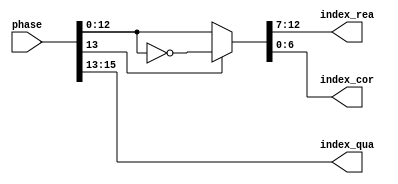
module phase_compression_13(phase,index_qua,index_rea,index_cor);
input  [15:0] phase;
output [2:0] index_qua;
output [5:0] index_rea;
output [6:0] index_cor;

wire [12:0] Index;

assign Index = (phase[13])?~phase[12:0]:phase[12:0];
assign index_qua = phase[15:13];
assign index_rea = Index[12:7];
assign index_cor = Index[6:0];

endmodule